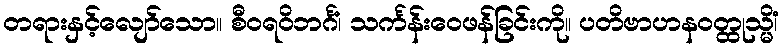
တရားနှင့်လျော်သော။ စီဝရဝိဘင်္ဂံ၊ သင်္ကန်းဝေဖန်ခြင်းကို။ ပတိဗာဟနဝတ္ထုသ္မိံ၊